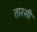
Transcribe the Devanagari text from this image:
तारसी